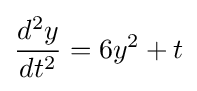
{\frac {d^{2}y}{dt^{2}}}=6y^{2}+t